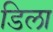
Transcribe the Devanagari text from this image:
डिला